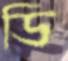
ডি